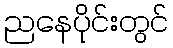
ညနေပိုင်းတွင်